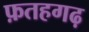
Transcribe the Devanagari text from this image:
फ़तहगढ़